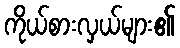
ကိုယ်စားလှယ်များ၏